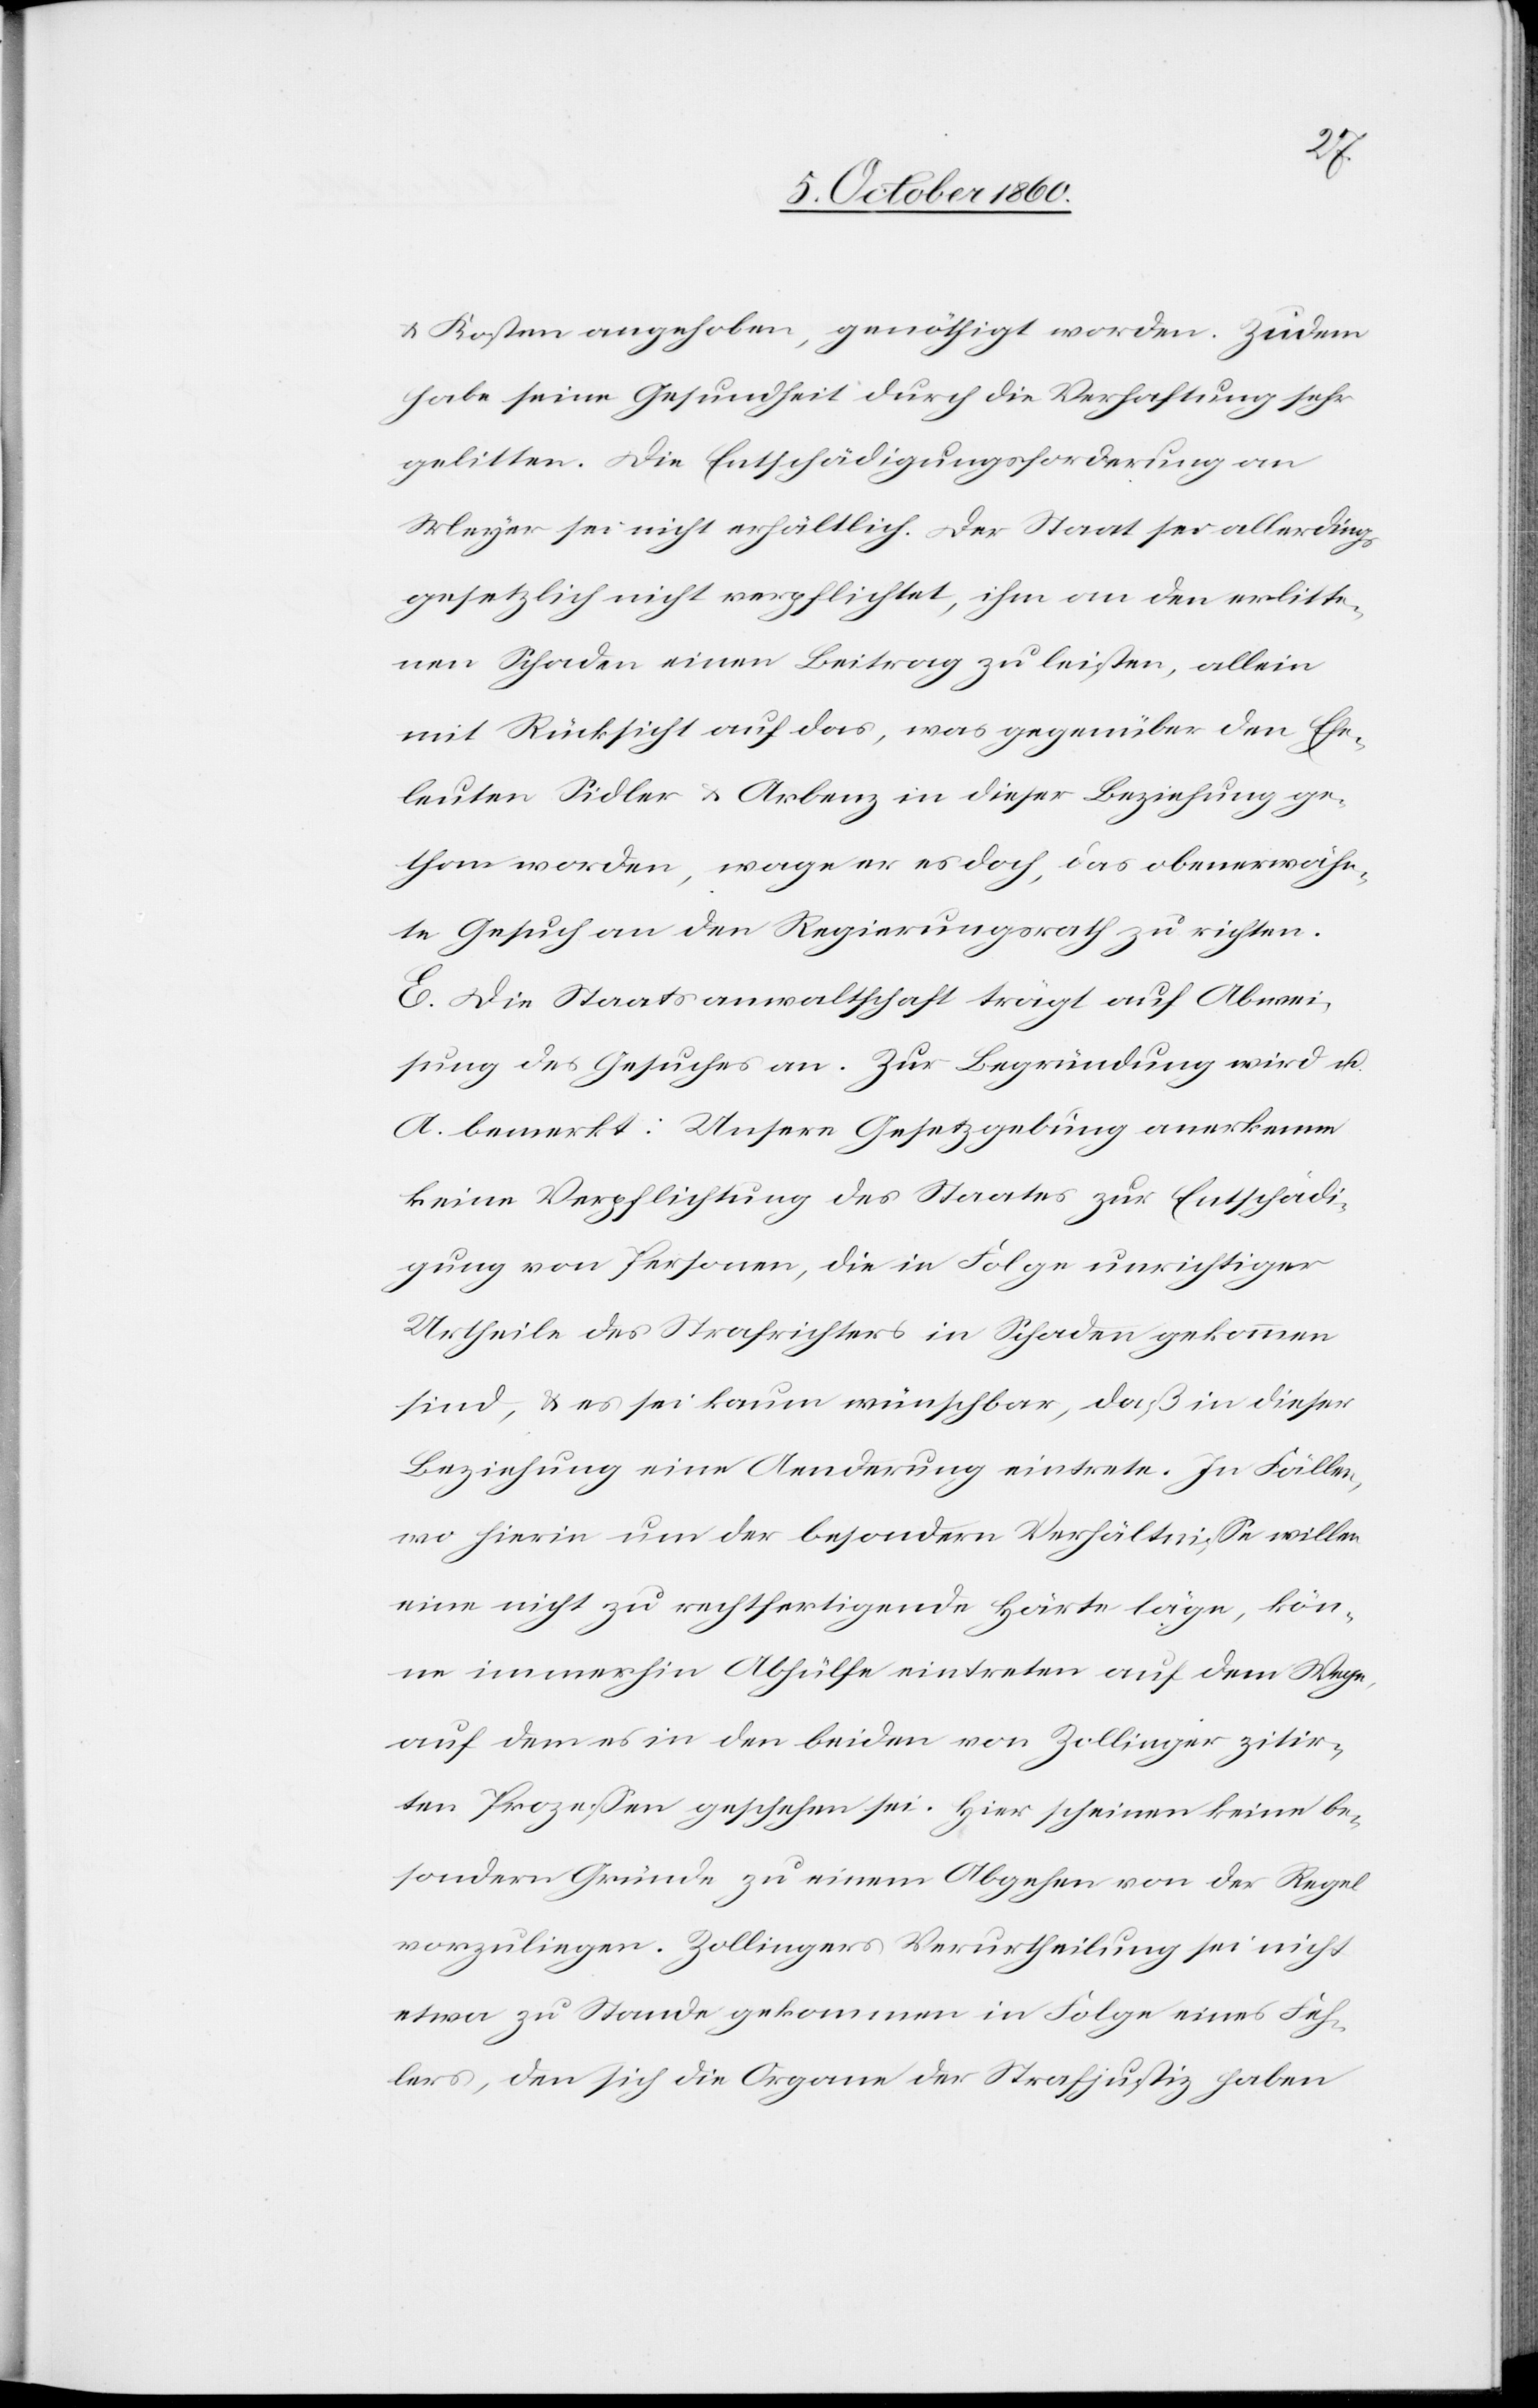
u. Kosten angehoben, genöthigt worden. Zudem
habe seine Gesundheit durch die Verhaftung sehr
gelitten. Die Entschädigungsforderung an
Meyer sei nicht erhältlich. Der Staat sei allerdings
gesetzlich nicht verpflichtet, ihm an den erlitte¬
nen Schaden einen Beitrag zu leisten, allein
mit Rücksicht auf das, was gegenüber den Ehe¬
leuten Sidler u. Arbenz in dieser Beziehung ge¬
than worden, wage er es doch, das oberwähn¬
te Gesuch an den Regierungsrath zu richten.
E. Die Staatsanwaltschaft trägt auf Abwei¬
sung des Gesuches an. Zur Begründung wird u.
A. bemerkt: Unsere Gesetzgebung anerkenne
keine Verpflichtung des Staates zur Entschädi¬
gung von Personen, die in Folge unrichtiger
Urtheile des Strafrichters in Schaden gekommen
sind, u. es sei kaum wünschbar, daß in dieser
Beziehung eine Aenderung eintrete. In Fällen,
wo hierin um der besondern Verhältnisse willen
eine nicht zu rechtfertigende Härte läge, kön¬
ne immerhin Abhülfe eintreten auf dem Wege,
auf dem es in den beiden von Zollinger zitir¬
ten Prozessen geschehen sei. Hier scheinen keine be¬
sonderen Gründe u einem Abgehen von der Regel
vorzuliegen. Zollingers Verurtheilung sei nicht
etwa zu Stande gekommen in Folge eines Feh¬
lers, den sich die Organe der Strafjustiz haben